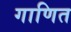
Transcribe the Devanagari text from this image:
गाणित